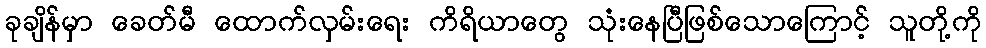
ခုချိန်မှာ ခေတ်မီ ထောက်လှမ်းရေး ကိရိယာတွေ သုံးနေပြီဖြစ်သောကြောင့် သူတို့ကို